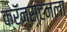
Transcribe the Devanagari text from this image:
क्रॅन्स्टनला